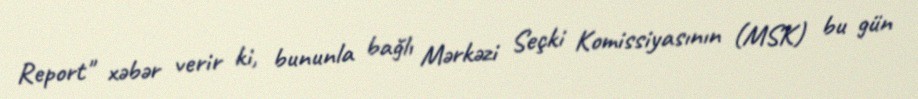
Report" xəbər verir ki, bununla bağlı Mərkəzi Seçki Komissiyasının (MSK) bu gün